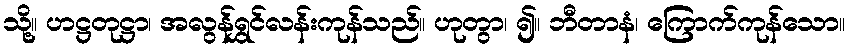
သို့။ ဟဋ္ဌတုဋ္ဌာ၊ အလွန်ရွှင်လန်းကုန်သည်။ ဟုတွာ၊ ၍။ ဘီတာနံ၊ ကြောက်ကုန်သော။